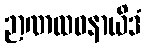
ဉာဏထဝနာယိဒံ